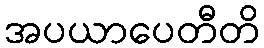
အပယာပေတီတိ